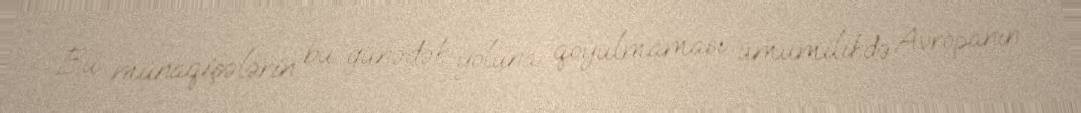
Bu münaqişələrin bu günədək yoluna qoyulmaması ümumilikdə Avropanın